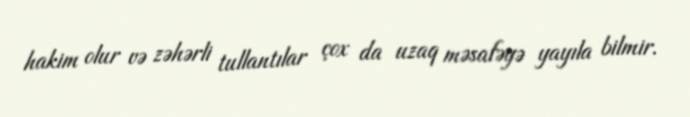
hakim olur və zəhərli tullantılar çox da uzaq məsafəyə yayıla bilmir.